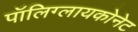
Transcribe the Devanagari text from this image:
पॉलिग्लायकोनेट